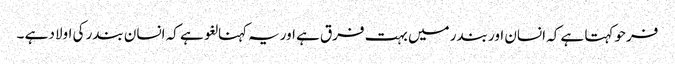
فرحو کہتا ہے کہ انسان اور بندر میں بہت فرق ہے اوریہ کہنا لغو ہے کہ انسان بندر کی اولاد ہے ۔